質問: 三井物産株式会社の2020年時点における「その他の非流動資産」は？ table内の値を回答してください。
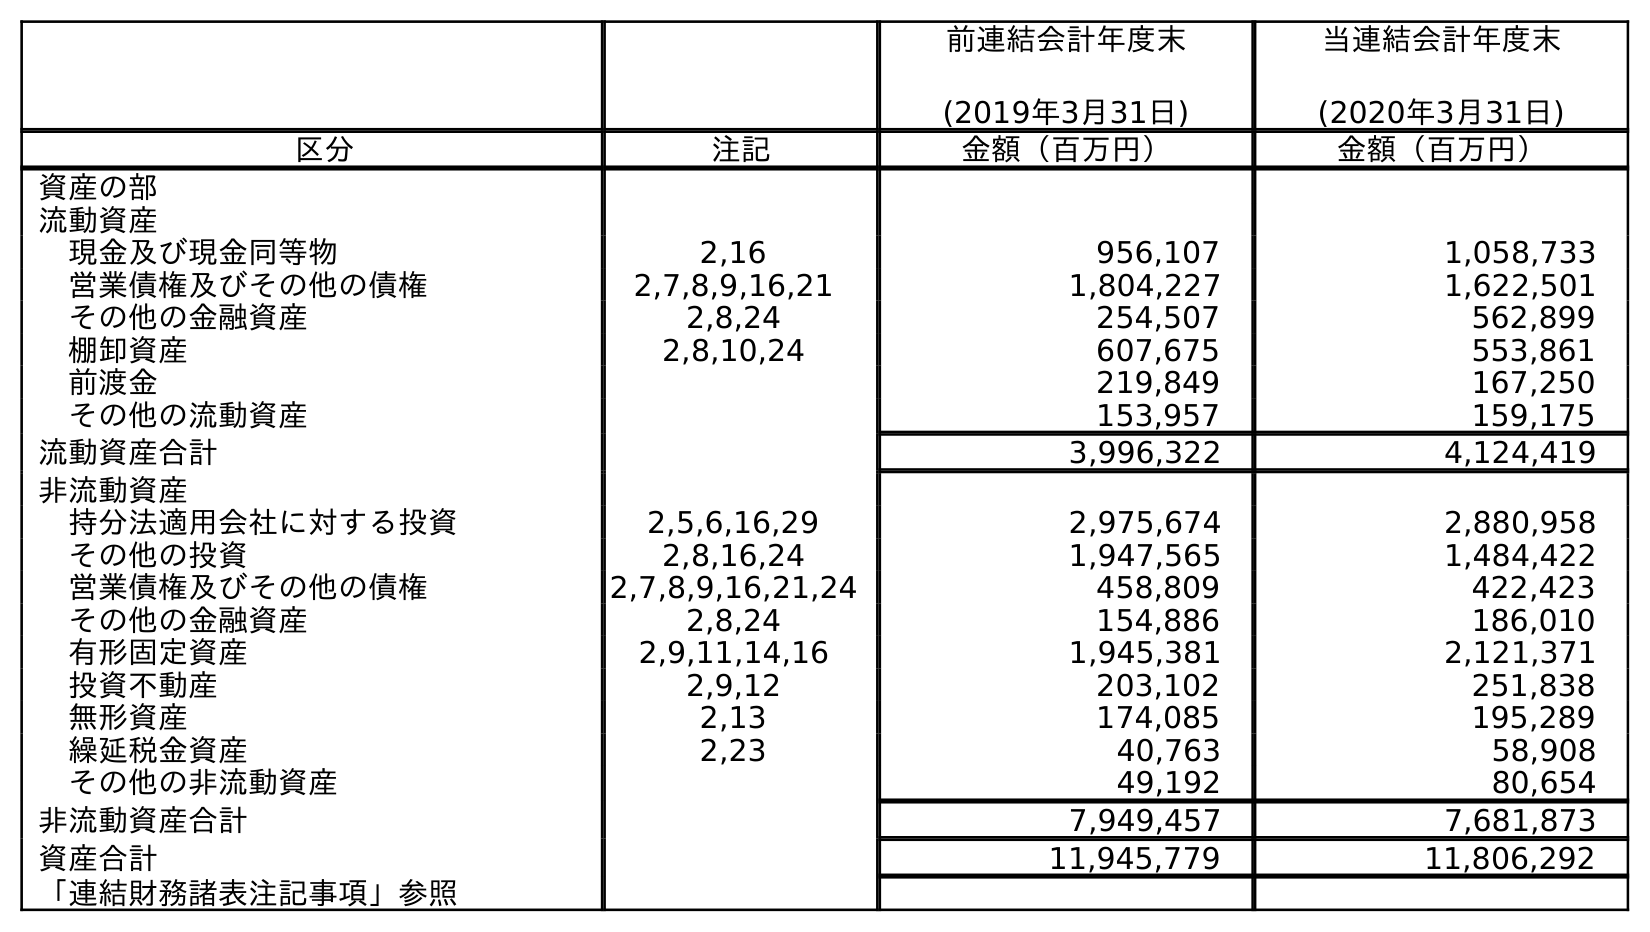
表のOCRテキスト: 前連結会計年度末 (2019年3月31日) 当連結会計年度末 (2020年3月31日) 区分 注記 金額（百万円） 金額（百万円） 資産の部 流動資産 現金及び現金同等物 2,16 956,107 1,058,733 営業債権及びその他の債権 2,7,8,9,16,21 1,804,227 1,622,501 その他の金融資産 2,8,24 254,507 562,899 棚卸資産 2,8,10,24 607,675 553,861 前渡金 219,849 167,250 その他の流動資産 153,957 159,175 流動資産合計 3,996,322 4,124,419 非流動資産 持分法適用会社に対する投資 2,5,6,16,29 2,975,674 2,880,958 その他の投資 2,8,16,24 1,947,565 1,484,422 営業債権及びその他の債権 2,7,8,9,16,21,24 458,809 422,423 その他の金融資産 2,8,24 154,886 186,010 有形固定資産 2,9,11,14,16 1,945,381 2,121,371 投資不動産 2,9,12 203,102 251,838 無形資産 2,13 174,085 195,289 繰延税金資産 2,23 40,763 58,908 その他の非流動資産 49,192 80,654 非流動資産合計 7,949,457 7,681,873 資産合計 11,945,779 11,806,292 「連結財務諸表注記事項」参照
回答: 80,654